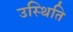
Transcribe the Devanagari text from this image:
उस्थिति